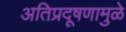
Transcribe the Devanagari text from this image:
अतिप्रदूषणामुळे